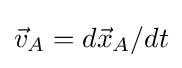
{\vec {v}}_{A}=d{\vec {x}}_{A}/dt